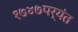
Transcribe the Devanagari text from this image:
१७४७पर्यंत